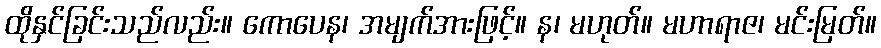
ထိုနှင်ခြင်းသည်လည်း။ ကောပေန၊ အမျက်အားဖြင့်။ န၊ မဟုတ်။ မဟာရာဇ၊ မင်းမြတ်။